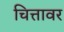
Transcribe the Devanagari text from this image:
चित्तावर